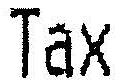
TAX